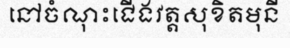
នៅចំណុះជើងវត្តសុខិតមុនី